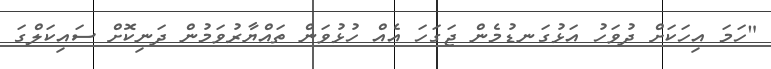
"ހަމަ އިހަކަށް ދުވަހު އަޅުގަނޑުމެން ޖަގަހަ އެއް ހުޅުވަން ތައްޔާރުވަމުން ދަނިކޮށް ސައިކަލްގަ